Report on the Civil Veterinary Department, Eastern Bengal and Assam - 1907-1911
Year: 1907
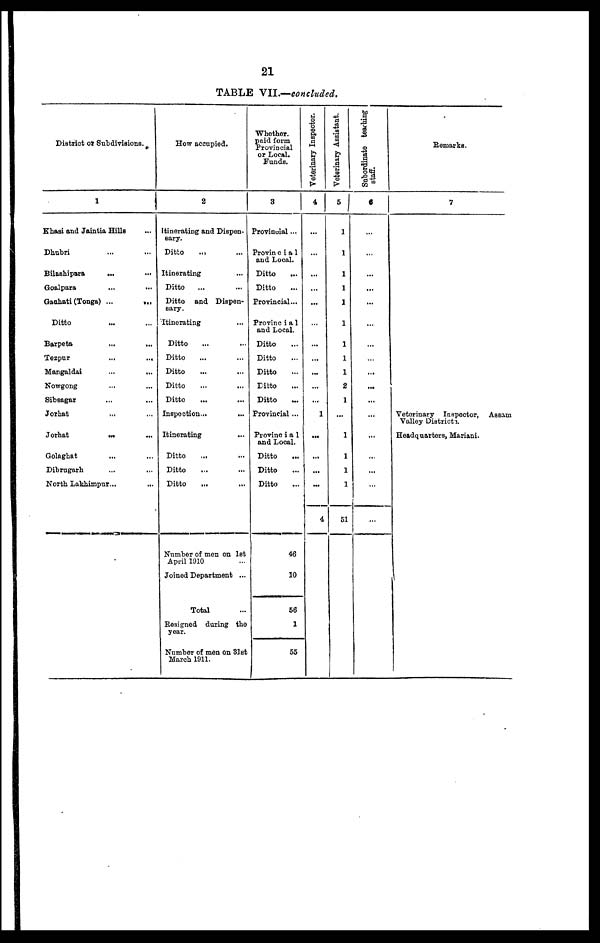
21
TABLE Vll.—concluded.
District or Subdivisions.
1
Khasi and Jaintia Hills ...
Dhubri ... ...
Bilashipara ... ...
Goalpara ... ...
Gauhati (Tonga) ... ...
Ditto ... ...
Barpeta ... ...
Tezpur ... ...
Mangaldai ... ...
Nowgong ... ...
Sibsagar ... ...
Jorhat ... ...
Jorhat ... ...
Golaghat ... ...
Dibrugarh ... ...
North Lakhimpur ... ...
How accupied.
2
Itinerating and Dispen-
sary.
Ditto ... ...
Itinerating...
Ditto ... ...
Ditto and Dispen-
Sary.
Itinerating ...
Ditto ... ...
Ditto ... ...
Ditto ... ...
Ditto ... ...
Ditto ... ...
Inspection ... ...
Itinerating ...
Ditto ... ...
Ditto ... ...
Ditto ... ...
Number of men on 1st
April 1910
Joined Department ...
Total ...
Resigned during the
year.
Number of men on 31st
March 1911.
Whether.
paid form
Provincial
or Local.
Funds.
3
Provincial ...
Provincial
and Local.
Ditto...
Ditto...
Provincial...
Provincial
and Local.
Ditto
Ditto...
Ditto...
Ditto...
Ditto ...
Provincial ...
Provincial
and Local.
Ditto...
Ditto...
Ditto...
46
10
56
1
55
Veterinary Inspector.
4
...
...
...
...
...
...
...
...
...
...
...
...
1
...
...
...
...
4
Veterinary Assistant.
5
1
1
1
1
1
1
...
1
1
1
1
1
...
1
1
1
1
51
Subordinate teaching
staff.
6
...
...
...
...
...
...
...
...
...
...
...
...
...
...
...
...
...
...
Remarks.
7
Veterinary Inspector, Assam
Valley Districts.
Headquarters, Mariani.